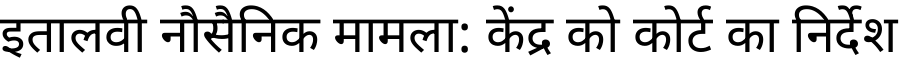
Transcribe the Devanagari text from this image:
इतालवी नौसैनिक मामला: केंद्र को कोर्ट का निर्देश